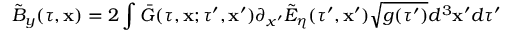
\tilde { B } _ { y } ( \tau , \mathbf { x } ) = 2 \int \bar { G } ( \tau , \mathbf { x } ; \tau ^ { \prime } , \mathbf { x } ^ { \prime } ) \partial _ { x ^ { \prime } } \tilde { E } _ { \eta } ( \tau ^ { \prime } , \mathbf { x } ^ { \prime } ) \sqrt { g ( \tau ^ { \prime } ) } d ^ { 3 } \mathbf { x } ^ { \prime } d \tau ^ { \prime }